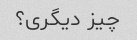
چیز دیگری؟